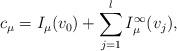
LaTeX: \begin{align*}c_{\mu} =I_{\mu}(v_0)+\sum_{j=1}^{l}I_{\mu}^{\infty}(v_j),\end{align*}